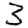
Digit: 3